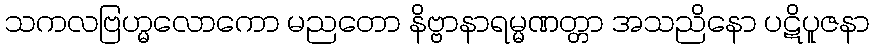
သကလဗြဟ္မလောကော မညတော နိဗ္ဗာနာရမ္မဏတ္တာ အသညိနော ပဋိပူဇနာ